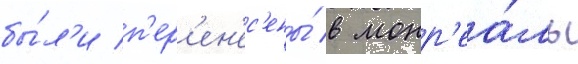
бы́л'и п'ер'ен'ес'ены́ в монр'еа́ль